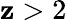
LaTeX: \mathbf{z}>2